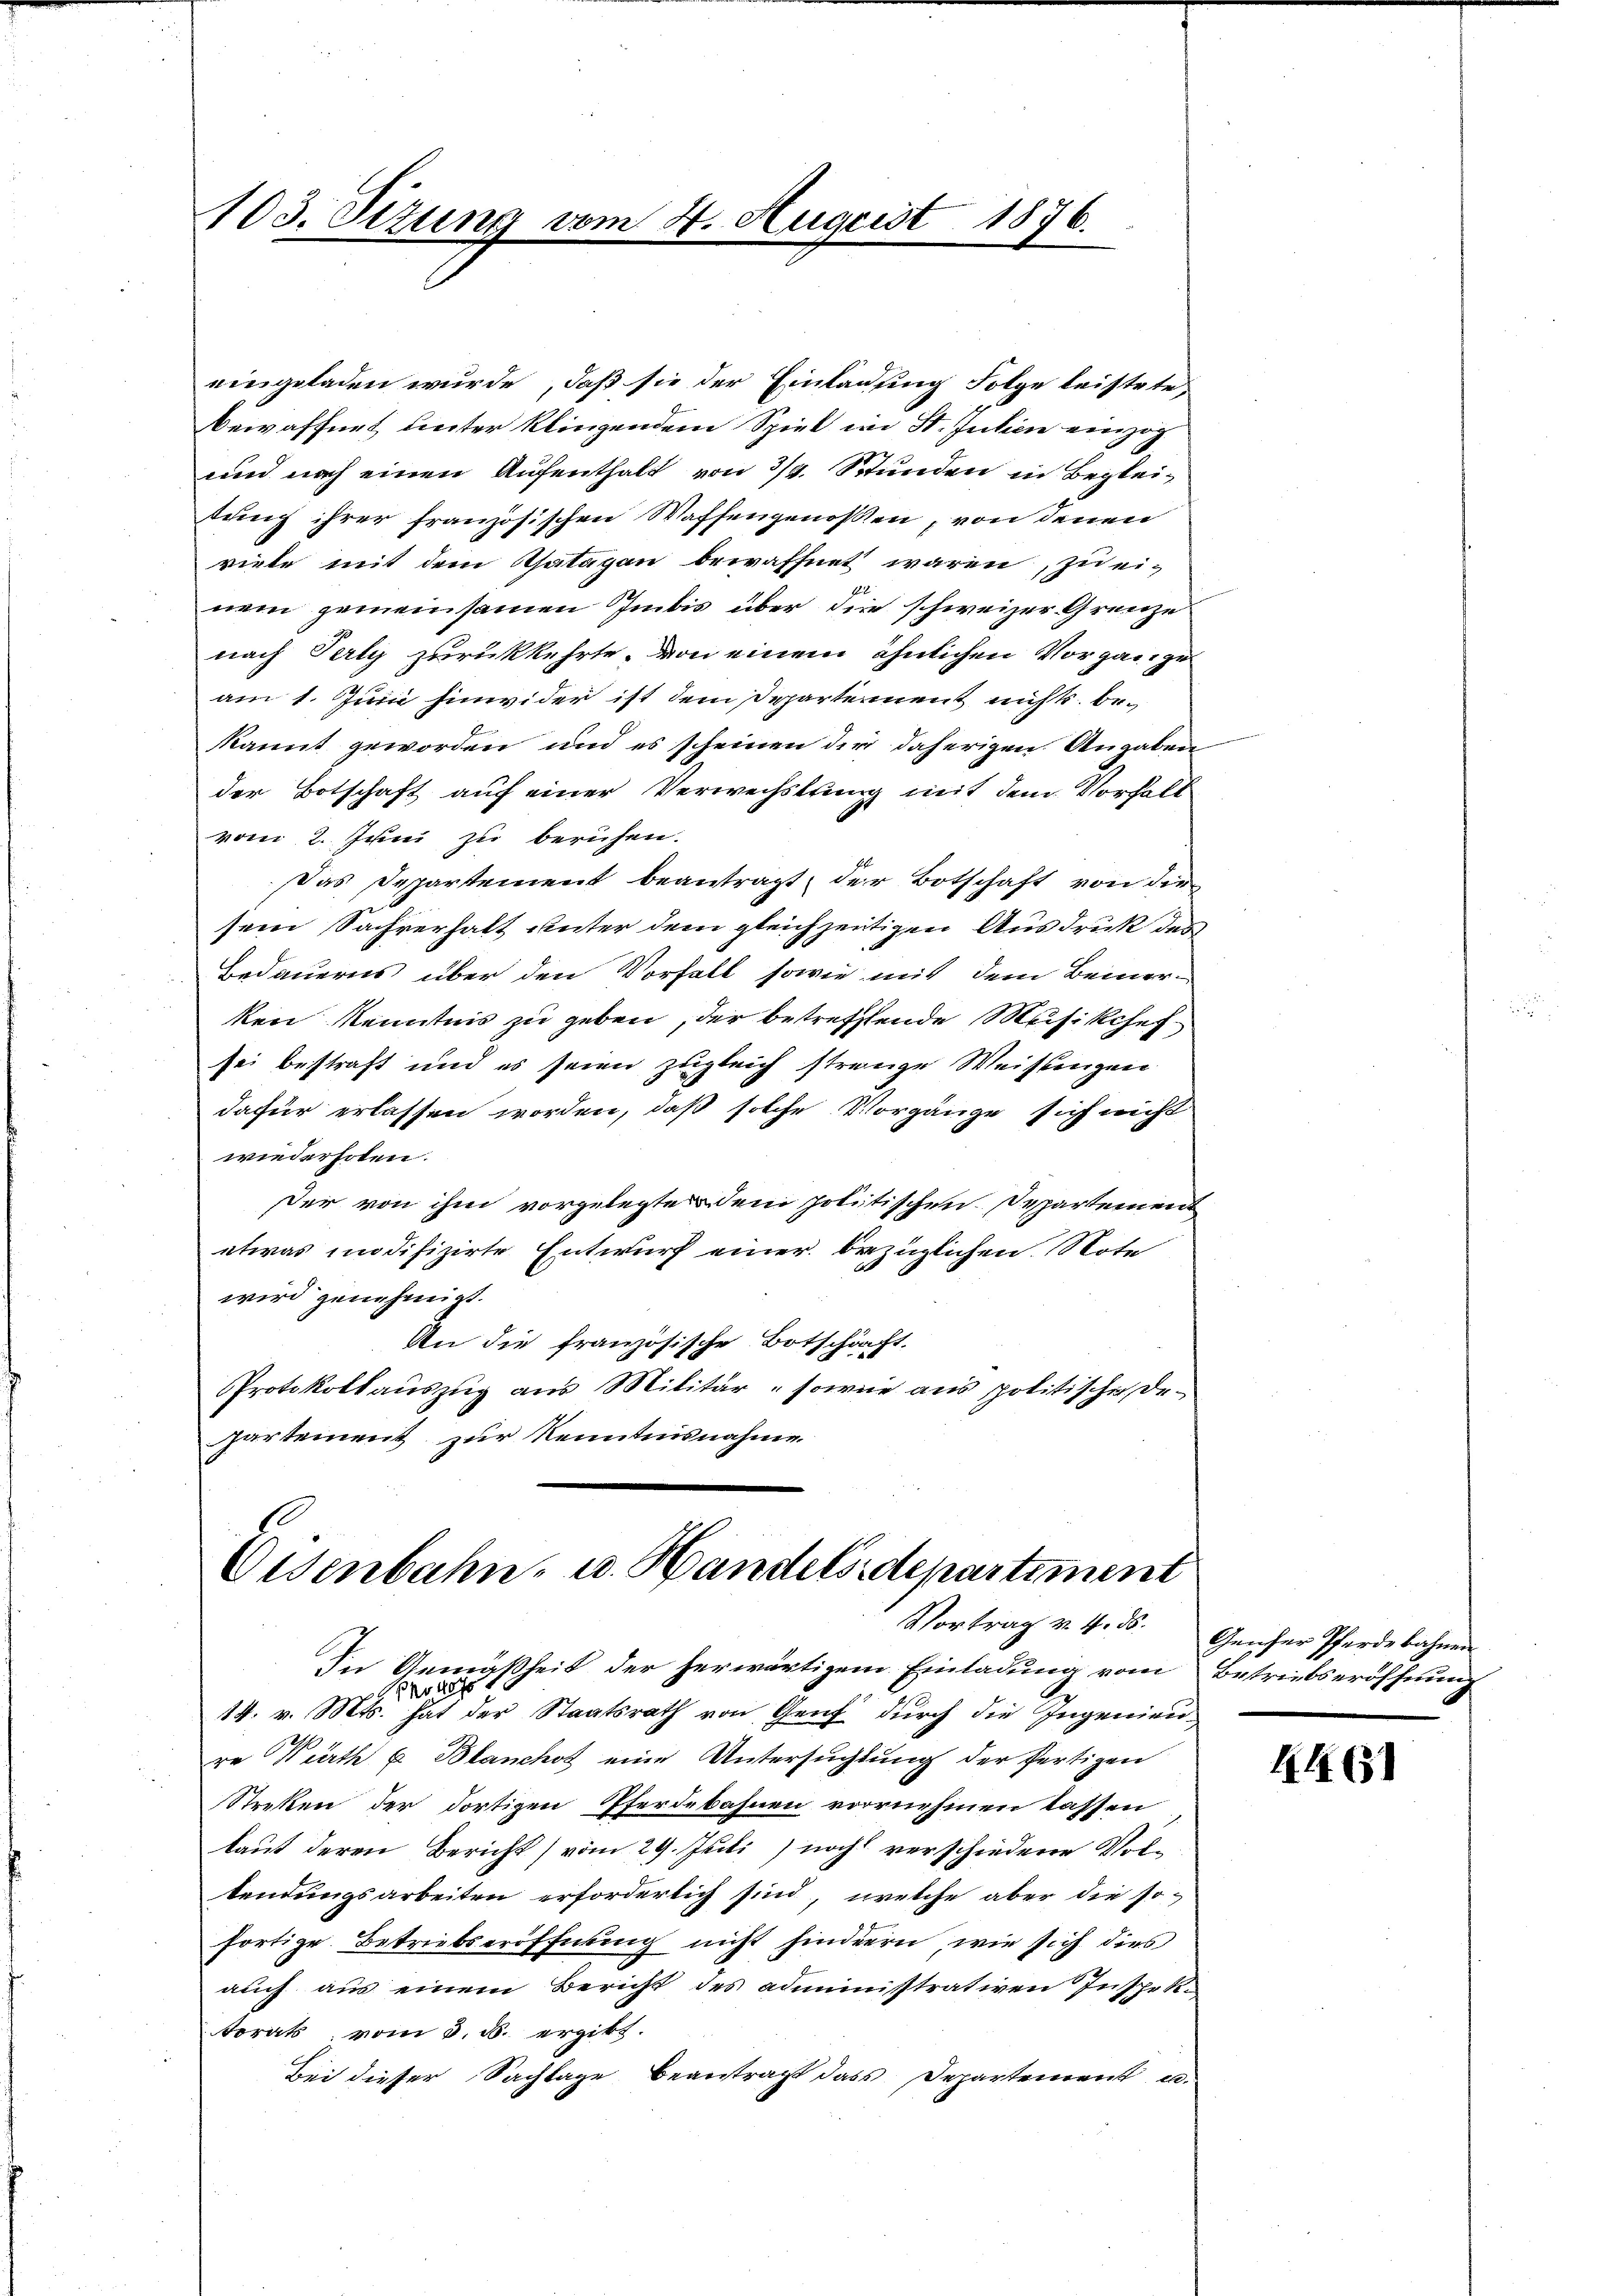
103. Sizung

eingeladen wurde, daß sie der Einladung Folge leistete,
Bewaffnet unter kliegendem Spiel im St. Julien einzog
und noch einen Aufenthalt von 3/4 Stunden in Begleitung ihrer französischen Waffengenossen, von denen
viele mit dem Thatagan bewaffnet waren, zu einem gemeinsamen Imbis über die schweizer Grenze
nach Perty zurückkehrte, von einem ähnlichen Vorgange
am 1. Juni hinwider ist dem Departement nichts bekannt geworden, und es scheinen der daherigen Angaben
der Botschaft auf einer Verwechslung mit dem Vorhalt
vom 2. Juni zu beruhen.
Das Departement beantragt, der Botschaft von die
sein Sachverhalt unter dem gleichzeitigen Ausdruck des
Bedauerns über den Vorfall sowie mit dem Bemer-
ken Kenntnis zu geben, der betreffende Musikchef
sei bestraft und es seien zugleich strenge Weistungen
dafür erlassen worden, daß solche Vorgänge sich nicht
wiederholen.
Der von ihm vorgelegte den politischen Departement
etwas modifizirte Entwurf einer bezüglichen Note
wird genehmigt.
An die französische Botschäft.
PProtokollauszug aus Militär - sowie aus politischen Departement zur Kenntnisnahme

4. August 1876.

.
Eisenbahn- u. Handelsdepartiment
Vortrag v. 4. ds.

In Gemäßheit der herwärtigem Einladung vom Betriebseröffnung
Prozess
14. v. Mts. hat der Staatsrath von Genf durch die Ingenieu
re Wirth u. Blanchot eine Untersuchtung der fertigen
Streken der dortigen Pferdebahnen vornehmen lassen
laut deren Bericht) vom 29. Juli) noch verschiedene Voltendungsarbeiten erforderlich sind, welche aber die so-
fortige Betriebseröffnung nicht hinderen, wie sich dies
auch aus einem Bericht des adminisstrativen Inspektorats vom 3. d. ergibt.
Bei dieser Sachlage beantragt dass Departement u.

Geücher Pferde bahnen.

11651